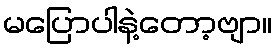
မပြောပါနဲ့တော့ဗျာ။